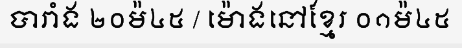
បារាំង ២០ម៉៤៥ / ម៉ោងនៅខ្មែរ ០១ម៉៤៥